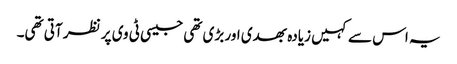
یہ اس سے کہیں زیادہ بھدی اور بڑی تھی جیسی ٹی وی پر نظر آتی تھی۔